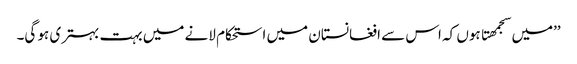
’’میں سجمھتا ہوں کہ اس سے افغانستان میں استحکام لانے میں بہت بہتری ہو گی۔